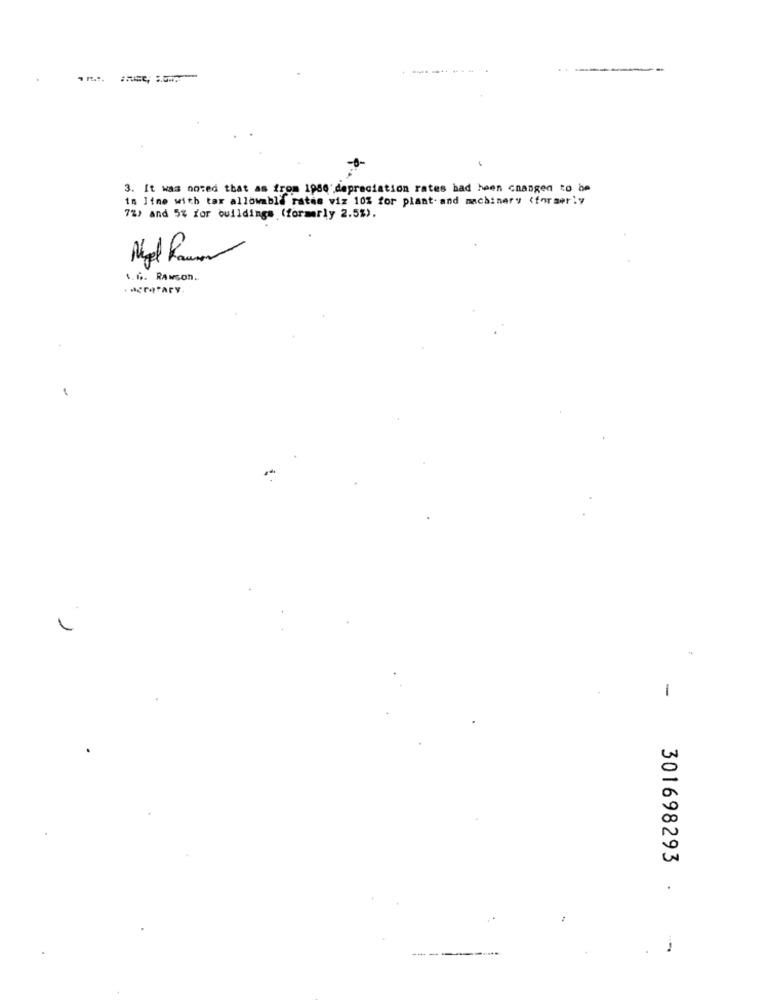
3. It was noted that as from 1986 depreciation rates had heen cnangen to be
in line with tar allowable rates viz 10% for plant. and machinery (formerly
7%) and 5% for buildings (formerly 2.5%).
1.6 . Rawson.
-
301698293 .
---